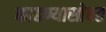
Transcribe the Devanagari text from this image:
काढण्यासोबत